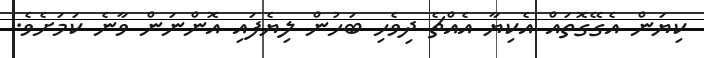
ކިޔަން އެގޭގޮތައް އެކިޔާ އެއްޗެ ދިވެހި ބަހުން ލިޔެފައި އޮންނަން ވާނެ ކަމަށެވެ.